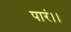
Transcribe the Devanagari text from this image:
पारं।।